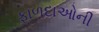
ફાળદાઓની